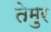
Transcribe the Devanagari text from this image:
तेमुर